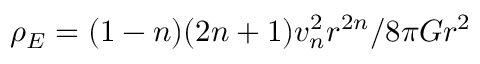
\rho _ { E } = ( 1 - n ) ( 2 n + 1 ) v _ { n } ^ { 2 } r ^ { 2 n } / 8 \pi G r ^ { 2 }